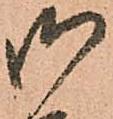
御